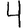
Digit: 4